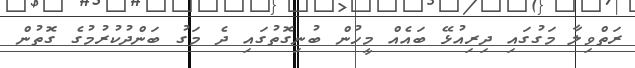
ރަތްވިލާ މަގުގައި ދިރިއުޅޭ ބައެއް މީހުން ބުނިގޮތުގައި ދެ މަގު ބަންދުކުރުމުގެ ގޮތުން